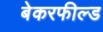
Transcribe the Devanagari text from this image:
बेकरफील्ड